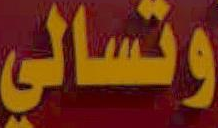
وتسالي